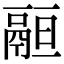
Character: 𩰵